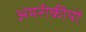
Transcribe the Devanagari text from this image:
अमरीकीयों